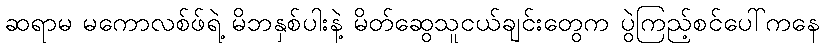
ဆရာမ မကောလစ်ဖ်ရဲ့ မိဘနှစ်ပါးနဲ့ မိတ်ဆွေသူငယ်ချင်းတွေက ပွဲကြည့်စင်ပေါ်ကနေ